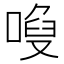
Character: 𠻍